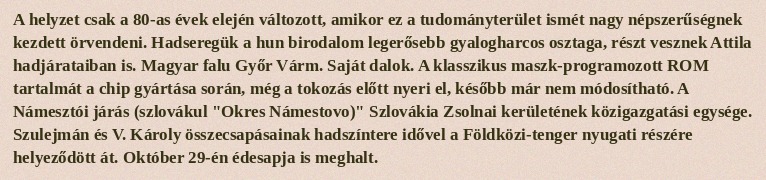
A helyzet csak a 80-as évek elején változott, amikor ez a tudományterület ismét nagy népszerűségnek kezdett örvendeni. Hadseregük a hun birodalom legerősebb gyalogharcos osztaga, részt vesznek Attila hadjárataiban is. Magyar falu Győr Várm. Saját dalok. A klasszikus maszk-programozott ROM tartalmát a chip gyártása során, még a tokozás előtt nyeri el, később már nem módosítható. A Námesztói járás (szlovákul "Okres Námestovo)" Szlovákia Zsolnai kerületének közigazgatási egysége. Szulejmán és V. Károly összecsapásainak hadszíntere idővel a Földközi-tenger nyugati részére helyeződött át. Október 29-én édesapja is meghalt.